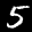
Label: 5